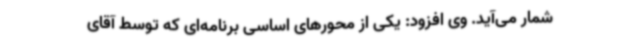
شمار می‌آید. وی افزود: یکی از محورهای اساسی برنامه‌ای که توسط آقای